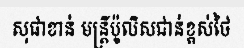
សុផាខាន់ មន្ត្រីប៉ូលិសជាន់ខ្ពស់ថៃ